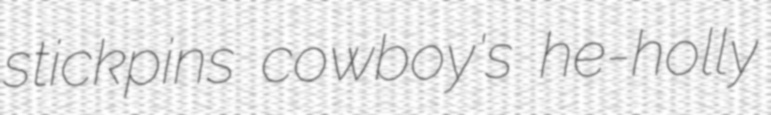
stickpins cowboy's he-holly